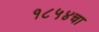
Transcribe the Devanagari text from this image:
१८५४चा